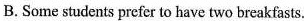
B. Some students prefer to have two breakfasts.